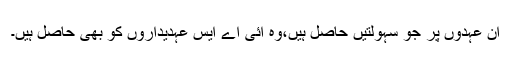
ان عہدوں پر جو سہولتیں حاصل ہیں،وہ آئی اے ایس عہدیداروں کو بھی حاصل ہیں۔